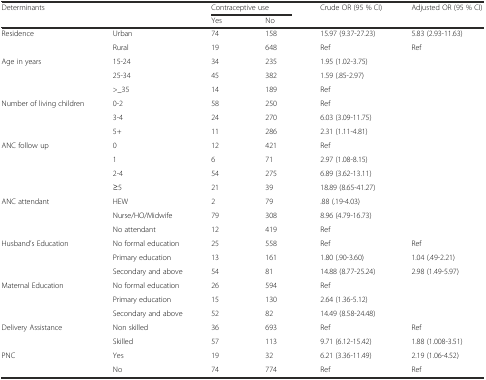
<table><thead><tr><td rowspan="2" colspan="2"><b>Determinants</b></td><td colspan="2"><b>Contraceptive use</b></td><td rowspan="2"><b>Crude OR (95 % CI)</b></td><td rowspan="2"><b>Adjusted OR (95 % CI)</b></td></tr><tr><td><b>Yes</b></td><td><b>No</b></td></tr></thead><tbody><tr><td rowspan="2">Residence</td><td>Urban</td><td>74</td><td>158</td><td>15.97 (9.37-27.23)</td><td>5.83 (2.93-11.63)</td></tr><tr><td>Rural</td><td>19</td><td>648</td><td>Ref</td><td>Ref</td></tr><tr><td rowspan="3">Age in years</td><td>15-24</td><td>34</td><td>235</td><td>1.95 (1.02-3.75)</td><td></td></tr><tr><td>25-34</td><td>45</td><td>382</td><td>1.59 (.85-2.97)</td><td></td></tr><tr><td>&gt;_35</td><td>14</td><td>189</td><td>Ref</td><td></td></tr><tr><td rowspan="3">Number of living children</td><td>0-2</td><td>58</td><td>250</td><td>Ref</td><td></td></tr><tr><td>3-4</td><td>24</td><td>270</td><td>6.03 (3.09-11.75)</td><td></td></tr><tr><td>5+</td><td>11</td><td>286</td><td>2.31 (1.11-4.81)</td><td></td></tr><tr><td rowspan="4">ANC follow up</td><td>0</td><td>12</td><td>421</td><td>Ref</td><td></td></tr><tr><td>1</td><td>6</td><td>71</td><td>2.97 (1.08-8.15)</td><td></td></tr><tr><td>2-4</td><td>54</td><td>275</td><td>6.89 (3.62-13.11)</td><td></td></tr><tr><td>≥5</td><td>21</td><td>39</td><td>18.89 (8.65-41.27)</td><td></td></tr><tr><td rowspan="3">ANC attendant</td><td>HEW</td><td>2</td><td>79</td><td>.88 (.19-4.03)</td><td></td></tr><tr><td>Nurse/HO/Midwife</td><td>79</td><td>308</td><td>8.96 (4.79-16.73)</td><td></td></tr><tr><td>No attendant</td><td>12</td><td>419</td><td>Ref</td><td></td></tr><tr><td rowspan="3">Husband’s Education</td><td>No formal education</td><td>25</td><td>558</td><td>Ref</td><td>Ref</td></tr><tr><td>Primary education</td><td>13</td><td>161</td><td>1.80 (.90-3.60)</td><td>1.04 (.49-2.21)</td></tr><tr><td>Secondary and above</td><td>54</td><td>81</td><td>14.88 (8.77-25.24)</td><td>2.98 (1.49-5.97)</td></tr><tr><td rowspan="3">Maternal Education</td><td>No formal education</td><td>26</td><td>594</td><td>Ref</td><td></td></tr><tr><td>Primary education</td><td>15</td><td>130</td><td>2.64 (1.36-5.12)</td><td></td></tr><tr><td>Secondary and above</td><td>52</td><td>82</td><td>14.49 (8.58-24.48)</td><td></td></tr><tr><td rowspan="2">Delivery Assistance</td><td>Non skilled</td><td>36</td><td>693</td><td>Ref</td><td>Ref</td></tr><tr><td>Skilled</td><td>57</td><td>113</td><td>9.71 (6.12-15.42)</td><td>1.88 (1.008-3.51)</td></tr><tr><td rowspan="2">PNC</td><td>Yes</td><td>19</td><td>32</td><td>6.21 (3.36-11.49)</td><td>2.19 (1.06-4.52)</td></tr><tr><td>No</td><td>74</td><td>774</td><td>Ref</td><td>Ref</td></tr></tbody></table>